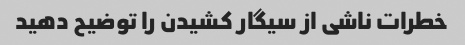
خطرات ناشی از سیگار کشیدن را توضیح دهید